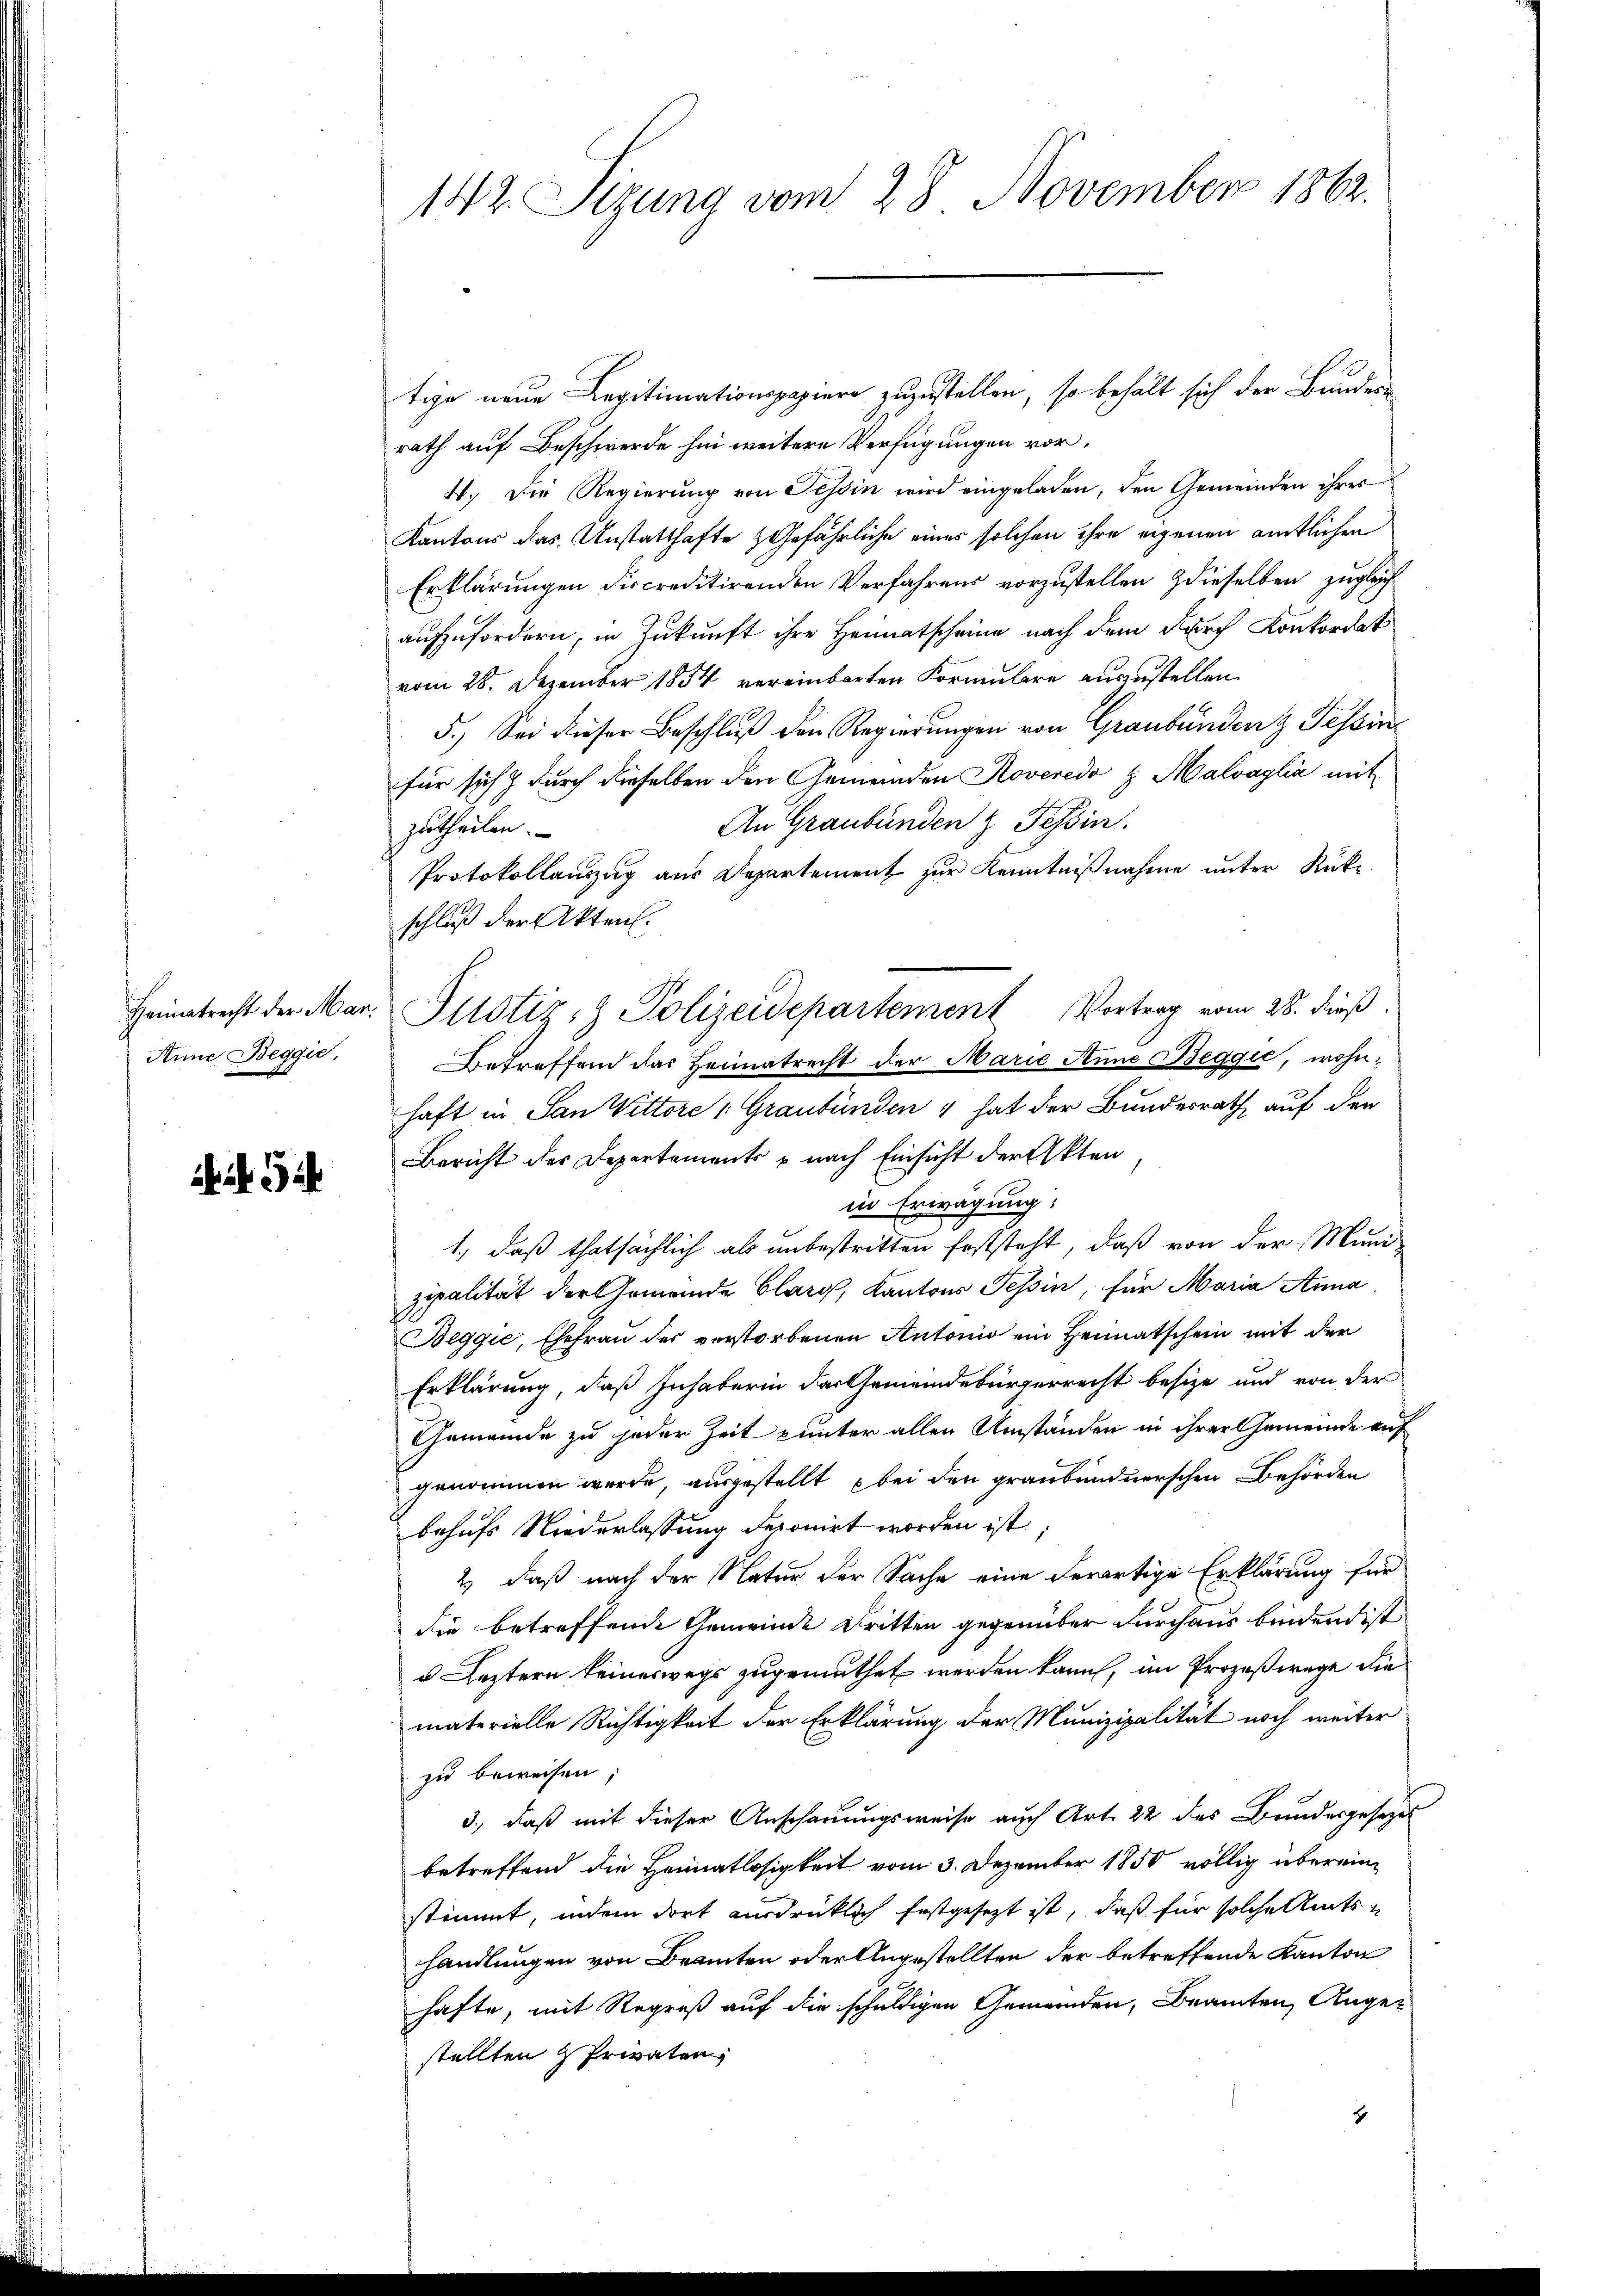
Aine Beggić,

142. Sizung vom 28. November 1862.

tige neue Legitimationspapiere zuzustellen, so behält sich der Bundes-
rath auf Beschwerde hin weitere Verfügungen vor,
4. Die Regierung von Tessin wird eingeladen, den Gemeinden ihres
Kantons das Unstatthafte & Gefährliche eines solchen ihre eigenen amtlichen
Erklärungen discreditirenden Verfahrens vorzustellen dieselben zugleichaufzufordern, in Zukunft ihre Heimatscheine nach dem durch Konkordat
vom 28. Dezember 1854 vereinbarten Formulare auszustellen.
5.) Sei dieser Beschluß den Regierungen von Graubündenz Tessin
für sich & durch dieselben den Gemeinden Roveredo z Malvaglia mit
An Graubünden z. Tessin.
zutheilen.
Protokollauszug aus Departement zur Kenntnißnahme unter Rükschluß der Akten.
Heimatrecht der Mar. Pitstiz- & Polizeidepartement Vortrag vom 28. dieß
Betreffend das Heimatrecht der Marie Anne Beggić, wohnhaft in San Wittore 1 Graubünden 4 hat der Bundesrath auf den
Bericht der Departements – nach Einsicht der Akten
in Erwägung;
1., daß thatsächlich als unbestritten feststeht, daß von der Mund-
zipalität der Gemeinde Clary, Kantons Tessin, für Maria Anna
Beggie, Ehefrau der verstorbenen Antonio ein Heimatschein mit der
Erklärung, daß Inhaberin das Gemeindebürgerrecht besize und von der
Gemeinde zu jeder Zeit unter allen Umständen in ihrer Gemeinde auf
genommen werde, ausgestellt bei den graubündnerschen Behörden
behufs Niederlassung deponirt worden ist;
2.) daß nach der Natur der Sache eine derartige Erklärung für
die betreffende Gemeinde Dritten gegenüber durchaus bindend ist
u Leztern keineswegs zugemuthet werden kann, im Prozeßwege die
materielle Richtigkeit der Erklärung der Munizipalität noch weiter
zu beweisen,
3., daß mit dieser Anschauungsweise auch Art. 22 des Bundesgesetzes
betreffend die Heimatlosigkeit vom 3. Dezember 1850 völlig übereine
stimmt, indem dort ausdrücklich festgesezt ist, daß für solche Amtshandlungen von Branten oder Angestellten der betreffende Kanton
hafte, mit Regreß auf die schuldigen Gemeinden, Beamten Angestellten Privaten
u